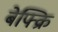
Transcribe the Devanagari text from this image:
बेफ्क्रि